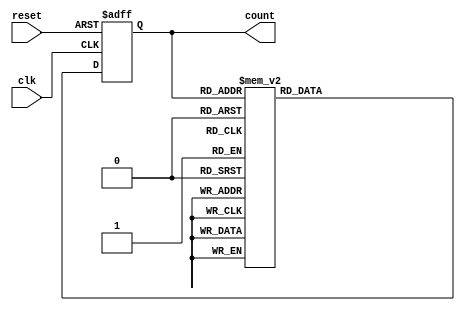
module decade_ring_counter (
    input wire clk,       // Clock input
    input wire reset,     // Asynchronous reset input
    output reg [3:0] count // 4-bit output for the counter
);

// State transition logic
always @(posedge clk or posedge reset) begin
    if (reset) begin
        count <= 4'b0000; // Reset the counter to 0
    end else begin
        case (count)
            4'b0000: count <= 4'b0001; // 0 -> 1
            4'b0001: count <= 4'b0010; // 1 -> 2
            4'b0010: count <= 4'b0011; // 2 -> 3
            4'b0011: count <= 4'b0100; // 3 -> 4
            4'b0100: count <= 4'b0101; // 4 -> 5
            4'b0101: count <= 4'b0110; // 5 -> 6
            4'b0110: count <= 4'b0111; // 6 -> 7
            4'b0111: count <= 4'b1000; // 7 -> 8
            4'b1000: count <= 4'b1001; // 8 -> 9
            4'b1001: count <= 4'b0000; // 9 -> 0
            default: count <= 4'b0000; // Default to 0 for invalid states
        endcase
    end
end

endmodule